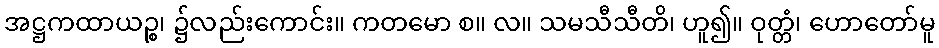
အဋ္ဌကထာယဉ္စ၊ ၌လည်းကောင်း။ ကတမော စ။ လ။ သမသီသီတိ၊ ဟူ၍။ ဝုတ္တံ၊ ဟောတော်မူ